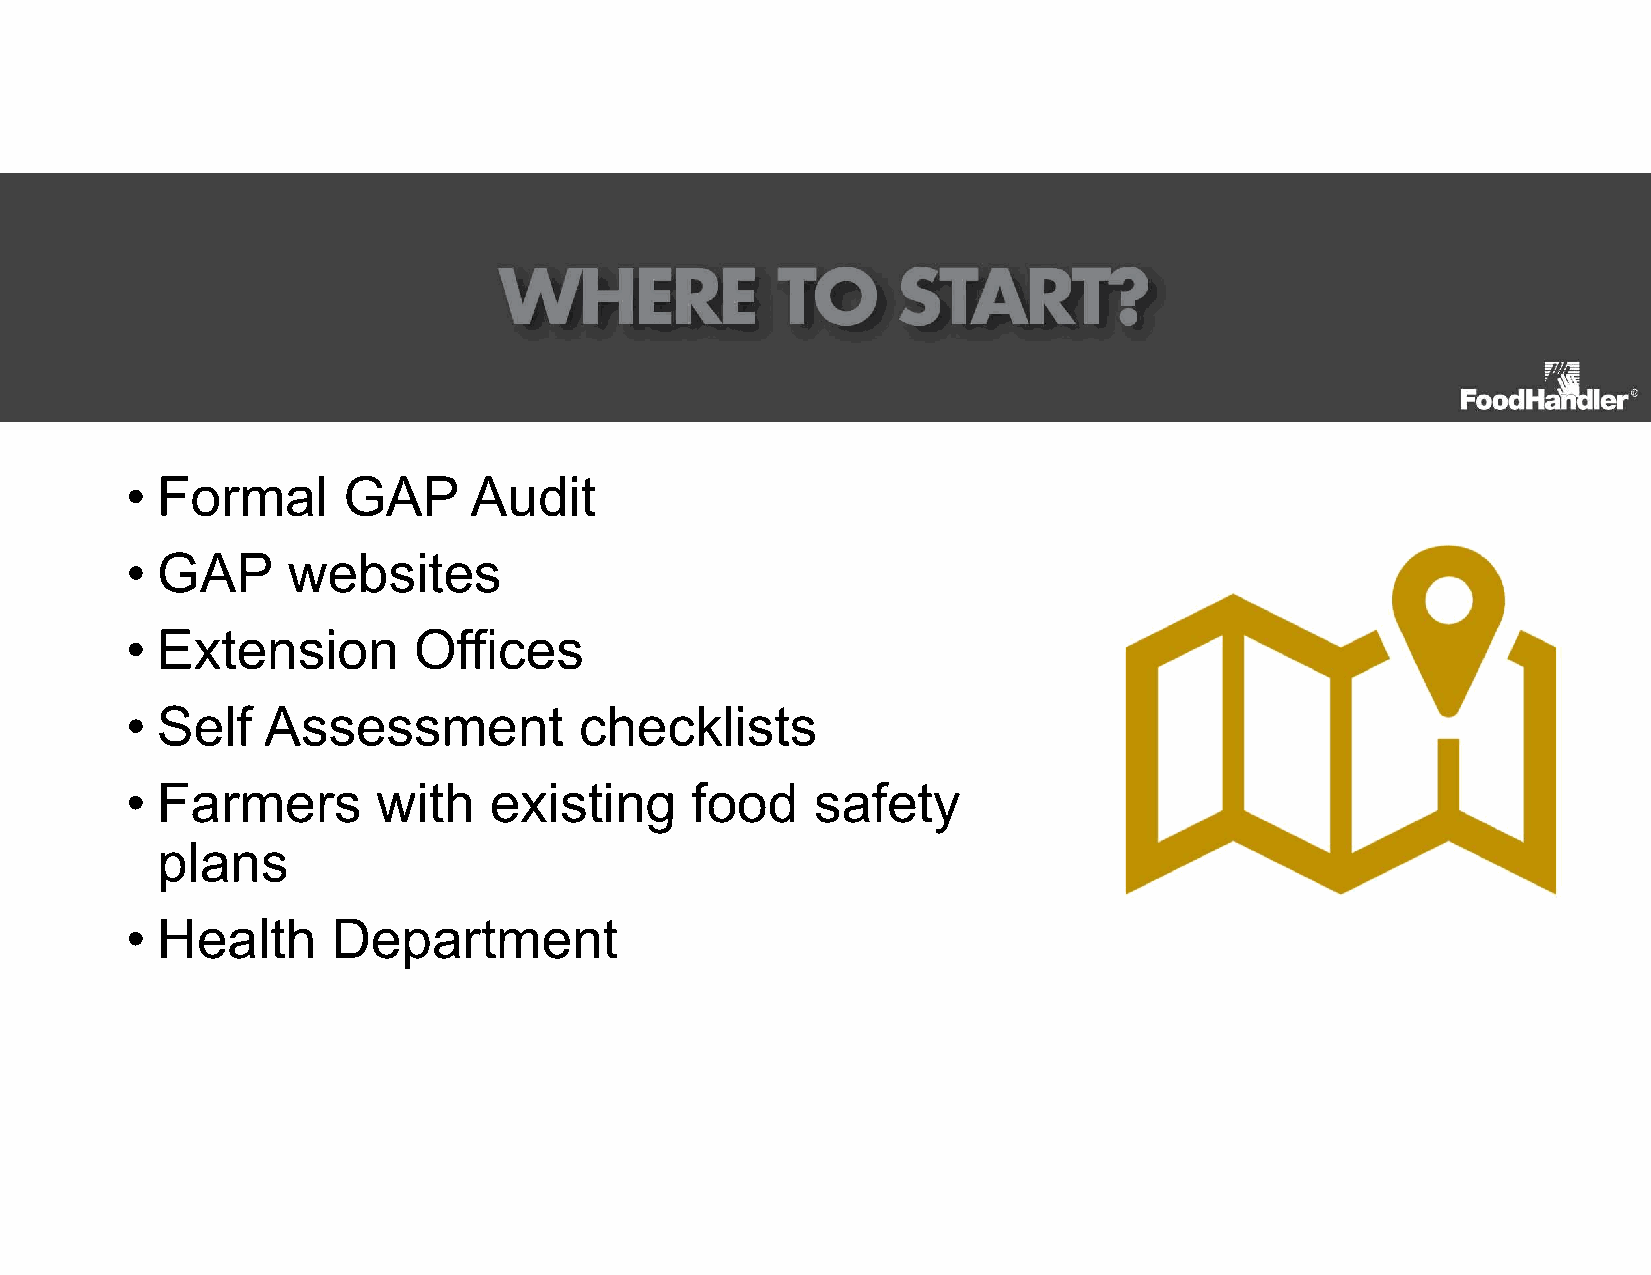
• Formal       GAP     Audit
 • GAP      websites
 • Extension        Offices
 • Self   Assessment           checklists
 • Farmers        with   existing      food    safety
 plans
 • Health      Department